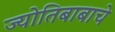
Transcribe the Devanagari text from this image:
ज्योतिबाबाचे